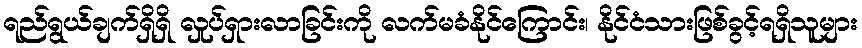
ရည်ရွယ်ချက်ရှိရှိ လှုပ်ရှားလာခြင်းကို လက်မခံနိုင်ကြောင်း၊ နိုင်ငံသားဖြစ်ခွင့်ရရှိသူများ